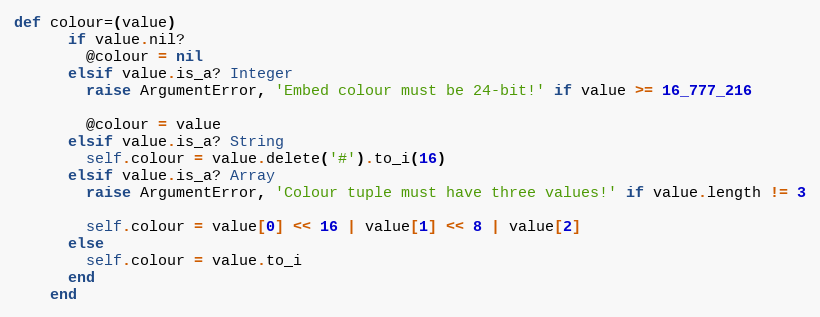
Language: Ruby
def colour=(value)
      if value.nil?
        @colour = nil
      elsif value.is_a? Integer
        raise ArgumentError, 'Embed colour must be 24-bit!' if value >= 16_777_216

        @colour = value
      elsif value.is_a? String
        self.colour = value.delete('#').to_i(16)
      elsif value.is_a? Array
        raise ArgumentError, 'Colour tuple must have three values!' if value.length != 3

        self.colour = value[0] << 16 | value[1] << 8 | value[2]
      else
        self.colour = value.to_i
      end
    end